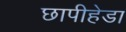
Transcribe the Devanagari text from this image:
छापीहेडा